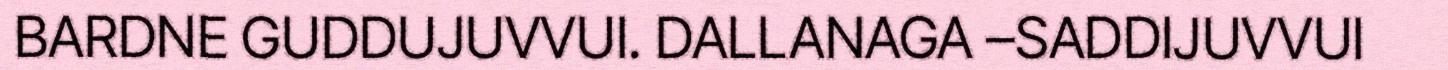
BARDNE GUDDUJUVVUI. DALLANAGA –SADDIJUVVUI